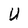
Character: U